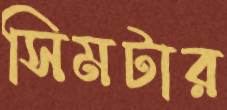
সিমটার